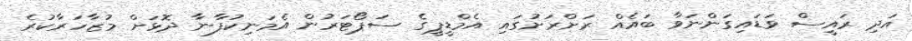
އަދި ރައީސް ވަޑައިގަންނަވާ ބައެއް ރަށްރަށުގައި އެމްޑީޕީގެ ސަޕޯޓަރުން އެމަނިކުފާނާ ދޮޅަށް މުޒާހަރާކުރެ